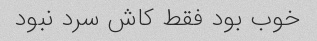
خوب بود فقط کاش سرد نبود